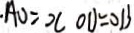
A O = x O D = O B